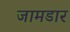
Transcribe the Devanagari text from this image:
जामडार